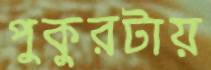
পুকুরটায়